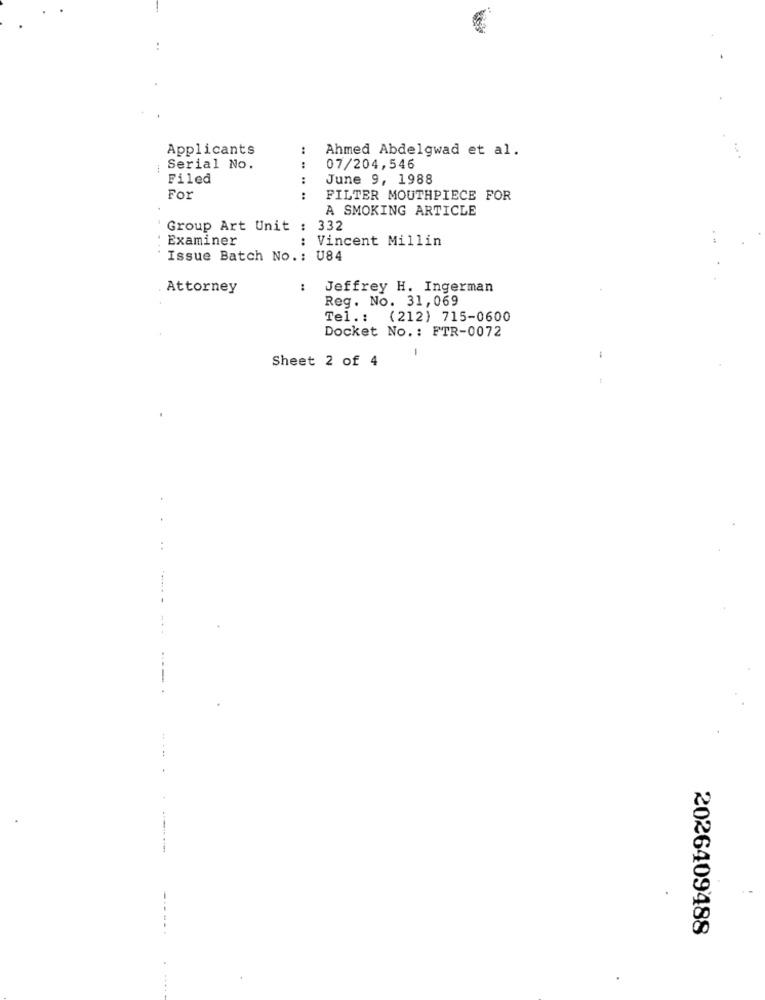
Applicants
:
Ahmed Abdelgwad et al.
;Serial No.
:
07/204,546
Filed
:
June 9, 1988
. .
For
FILTER MOUTHPIECE FOR
A SMOKING ARTICLE
Group Art Unit : 332
Examiner
: Vincent Millin
Issue Batch No .: U84
Attorney
:
Jeffrey H. Ingerman
Reg. No. 31, 069
Tel .: (212) 715-0600
Docket No .: FTR-0072
-
Sheet 2 of 4
----
2026409488
...